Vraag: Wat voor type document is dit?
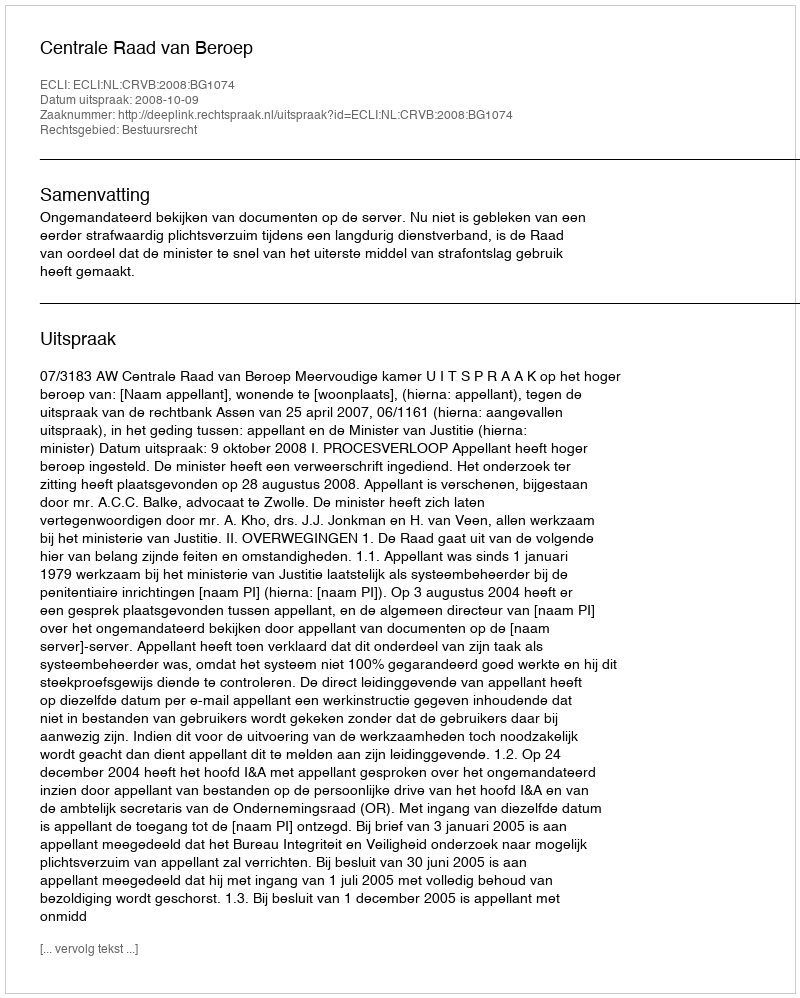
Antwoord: Uitspraak